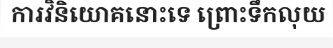
ការវិនិយោគនោះទេ ព្រោះទឹកលុយ